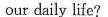
our daily life?